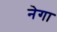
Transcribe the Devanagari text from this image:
नेगा